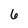
Character: 6